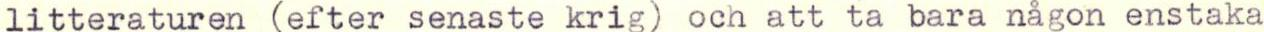
litteraturen (efter senaste krig) och att ta bara någon enstaka